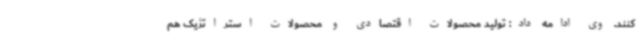
کنند. وی ادامه داد: تولید محصولات اقتصادی و محصولات استراتژیک هم‌